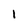
Character: 1